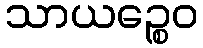
သာယဉ္စေဝ